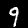
Label: 9